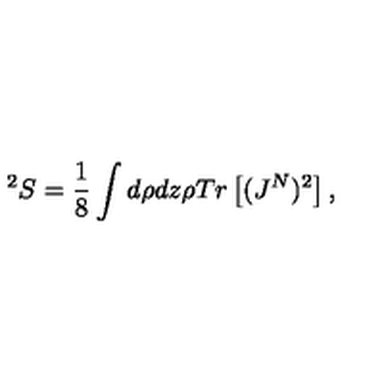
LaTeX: ^ 2 S = \frac { 1 } { 8 } \int d \rho d z \rho T r \left[ ( J ^ { N } ) ^ { 2 } \right] ,